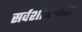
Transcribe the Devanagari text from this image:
सर्वशक्तिमत्ता